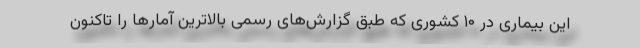
این بیماری در ۱۰ کشوری که طبق گزارش‌های رسمی بالاترین آمارها را تاکنون